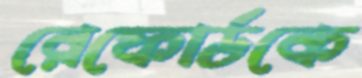
রেফোর্ডকে